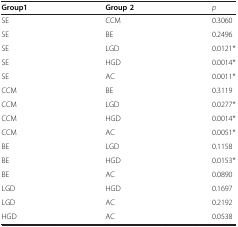
<table><thead><tr><td><b>Group1</b></td><td><b>Group 2</b></td><td><b><i>p</i></b></td></tr></thead><tbody><tr><td>SE</td><td>CCM</td><td>0.3060</td></tr><tr><td>SE</td><td>BE</td><td>0.2496</td></tr><tr><td>SE</td><td>LGD</td><td>0.0121*</td></tr><tr><td>SE</td><td>HGD</td><td>0.0014*</td></tr><tr><td>SE</td><td>AC</td><td>0.0011*</td></tr><tr><td>CCM</td><td>BE</td><td>0.3119</td></tr><tr><td>CCM</td><td>LGD</td><td>0.0277*</td></tr><tr><td>CCM</td><td>HGD</td><td>0.0014*</td></tr><tr><td>CCM</td><td>AC</td><td>0.0051*</td></tr><tr><td>BE</td><td>LGD</td><td>0.1158</td></tr><tr><td>BE</td><td>HGD</td><td>0.0153*</td></tr><tr><td>BE</td><td>AC</td><td>0.0890</td></tr><tr><td>LGD</td><td>HGD</td><td>0.1697</td></tr><tr><td>LGD</td><td>AC</td><td>0.2192</td></tr><tr><td>HGD</td><td>AC</td><td>0.0538</td></tr></tbody></table>